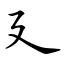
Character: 廴